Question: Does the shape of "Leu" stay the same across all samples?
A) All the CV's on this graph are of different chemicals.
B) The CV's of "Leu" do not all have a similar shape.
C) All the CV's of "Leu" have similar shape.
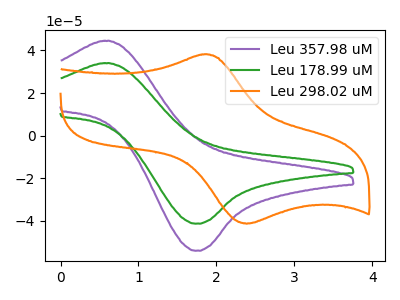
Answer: <think>The purple curve "Leu 357.98 uM" has an anodic peak at (0.60V, 44.55uA) and a cathodic peak at (1.75V, -54.05uA). The green curve "Leu 178.99 uM" has an anodic peak at (0.60V, 34.05uA) and a cathodic peak at (1.75V, -41.30uA). The orange curve "Leu 298.02 uM" has an anodic peak at (1.85V, 38.15uA) and a cathodic peak at (2.40V, -41.30uA).
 All the peaks in "Leu 357.98 uM" have a peak in "Leu 178.99 uM" at the same potential. Every peak in "Leu 357.98 uM" is higher than every peak in "Leu 178.99 uM". "Leu 357.98 uM" and "Leu 298.02 uM" have at least one peak that do not match. "Leu 178.99 uM" and "Leu 298.02 uM" have at least one peak that do not match.</think>
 <answer>C) All the CV's of "Leu" have similar shape.</answer>
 <eval>C</eval>